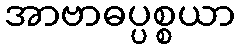
အာဗာဓပ္ပစ္စယာ